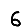
Digit: 6